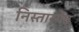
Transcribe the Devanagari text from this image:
निस्तारयेत्